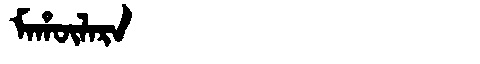
Manchu: ᠮᠠᡥᡡᠯᠠᡵᠠ
Romanization: MAHŪLARA